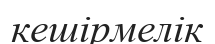
кешірмелік